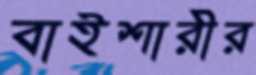
বাইশারীর